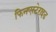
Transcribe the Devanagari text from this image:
फिनएस्टेराइड